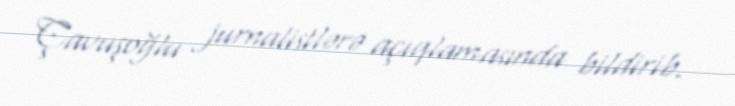
Çavuşoğlu jurnalistlərə açıqlamasında bildirib.